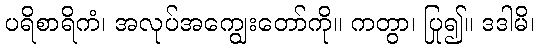
ပရိစာရိကံ၊ အလုပ်အကျွေးတော်ကို။ ကတွာ၊ ပြု၍။ ဒဒါမိ၊